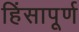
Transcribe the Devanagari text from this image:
हिंसापूर्ण